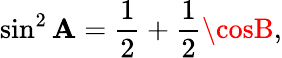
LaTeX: \sin^{2}\mathbf{A}={\frac{{1}}{{2}}}+{\frac{{1}}{{2}}}\cosB,